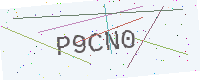
Text: P9CN0